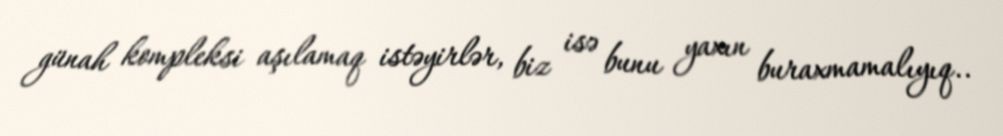
günah kompleksi aşılamaq istəyirlər, biz isə bunu yaxın buraxmamalıyıq..